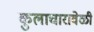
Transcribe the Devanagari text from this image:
कुलाचारावेळी